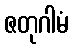
ဇတုဂါမံ